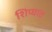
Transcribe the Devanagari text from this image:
शिप्घात